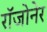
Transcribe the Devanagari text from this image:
रॉजोनेर